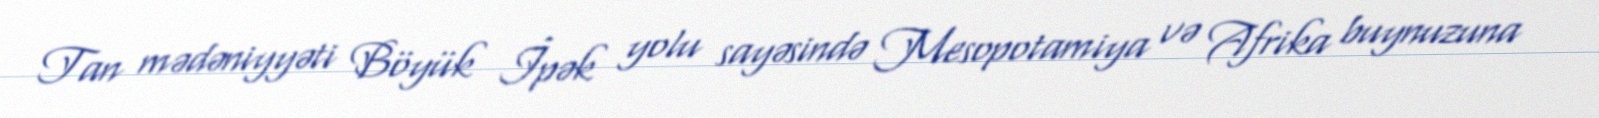
Tan mədəniyyəti Böyük İpək yolu sayəsində Mesopotamiya və Afrika buynuzuna